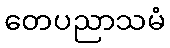
တေပညာသမံ